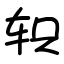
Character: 轵